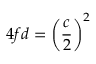
4 f d = \left( { \frac { c } { 2 } } \right) ^ { 2 }